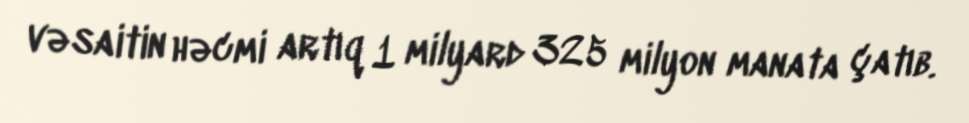
vəsaitin həcmi artıq 1 milyard 325 milyon manata çatıb.